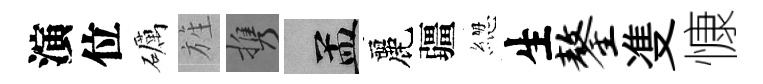
演位礪旌携汴麗疆緫生鏊㕠慷